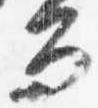
而